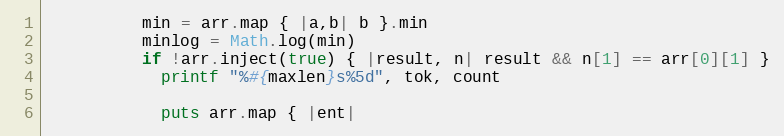
Language: Ruby
          min = arr.map { |a,b| b }.min
          minlog = Math.log(min)
          if !arr.inject(true) { |result, n| result && n[1] == arr[0][1] }
            printf "%#{maxlen}s%5d", tok, count

            puts arr.map { |ent|